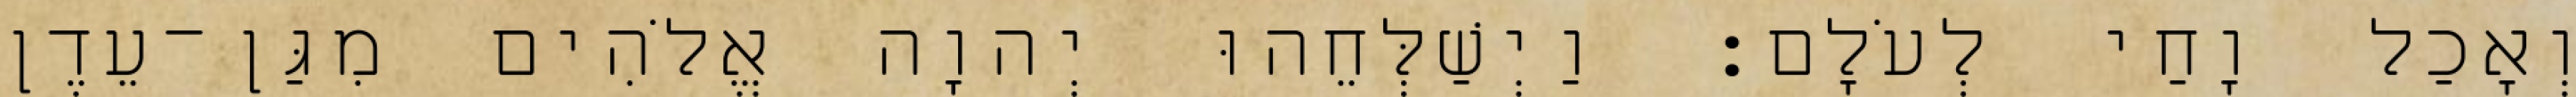
וְאָכַל וָחַי לְעֹלָם׃ וַיְשַׁלְּחֵהוּ יְהוָה אֱלֹהִים מִגַּן־עֵדֶן